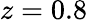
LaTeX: z=0.8